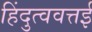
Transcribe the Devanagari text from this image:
हिंदुत्ववत्तई